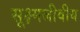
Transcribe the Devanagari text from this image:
सूक्ष्मजीवीय